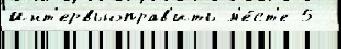
Инт'ервьюправ'ить м'е́ст'е 5